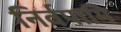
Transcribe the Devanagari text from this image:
निर्वपामि